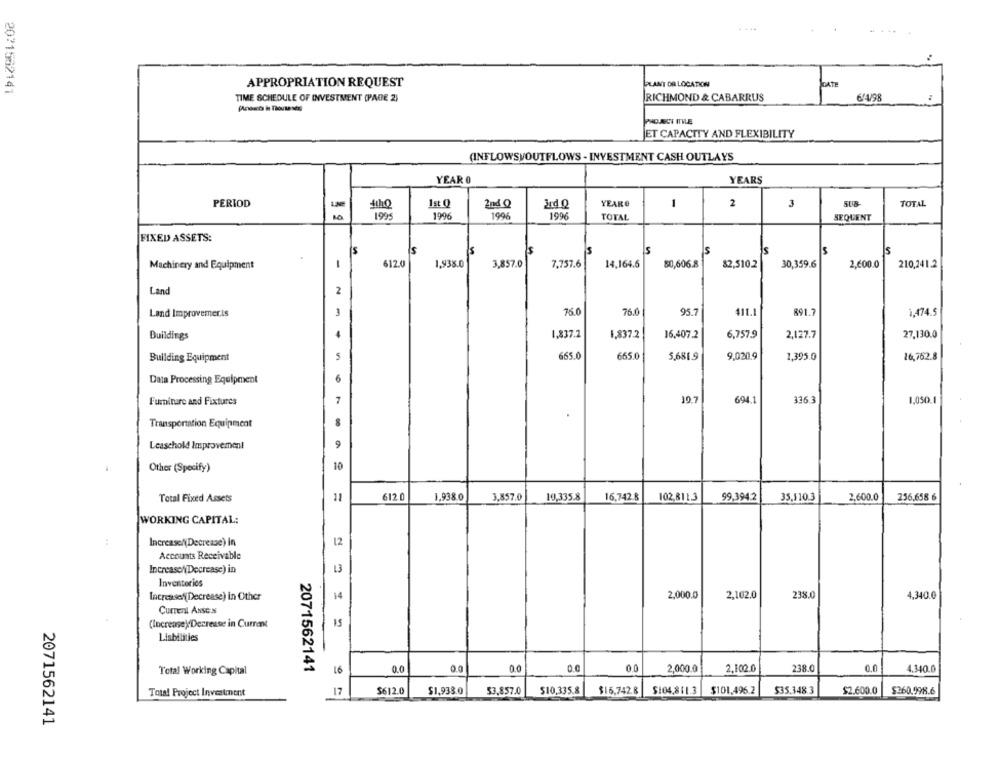
APPROPRIATION REQUEST
PLANT OR LOCATION
DATE
2071562141
TIME SCHEDULE OF INVESTMENT (PAGE 2)
RICHMOND & CABARRUS
644/98
PHOJUST ITILE
ET CAPACITY AND FLEXIBILITY
(INFLOWSVOUTFLOWS - INVESTMENT CASH OUTLAYS
YEAR 0
YEARS
PERIOD
LINE
1st Q
2nd Q
YEARG
1
2
3
508
TOTAL
1995
1996
1996
1996
TOTAL
SEQUENT
FIXED ASSETS:
5
5
5
15
IS
S
Machinery and Equipment
-
612.0
1,938.0
3,857.0
7,757.6
14.164.6
80,606.8
82,510.2
30,359.6
2,600.0
210,241.2
Land
2
Land Improvemer.is
3
75.0
76.0
95.7
411.1
891.7
1,474.5
Buildings
4
1.837.2
1.837.2
16,407.2
6,757.9
2,127.7
27,130.0
Building Equipment
665.0
665.0
5,681.9
9,020.9
1,395.0
16,762.8
Data Processing Equipment
6
Furniture and Fixtures
7
197
694.
336.3
1,050.1
Transportation Equipment
8
Leaschold Improvement
9
Other (Specify)
10
612.
1,938.0
10,335.8
99,394.2
Total Fixed Assets
11
3,857.0
16,742.8
102,811.3
35,110.3
2,600.0
256,658 6
WORKING CAPITAL:
12
Increase/(Decrease) in
Accounts Receivable
Increase/Decrease) in
13
Inventories
2,000.0
2,102.0
238.0
4,340.0
Increasef(Decrease) in Other
14
Current ANsex
(Increase) Decrease in Current
15
Liabilities
Total Working Capital
2071562141
16
0.0
0.0
0.0
00
2,000.0
2,102.0
238.0
0.0
4.340.0
Total Project Investment
17
$612.0
$1,933.0
53.857.0
$10,335.8
$16,742.8
$104.811.3
$101,496.2
$35.348.3
$2.600.0
$260.998.6
2071562141